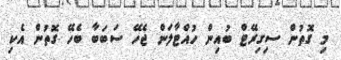
މި ގޮތުން ސިގިރޭޓް ބުއިން ހުއްޓާލަން ޖެހޭ ސަބަބާ ބެހޭ ގޮތުން އެކި